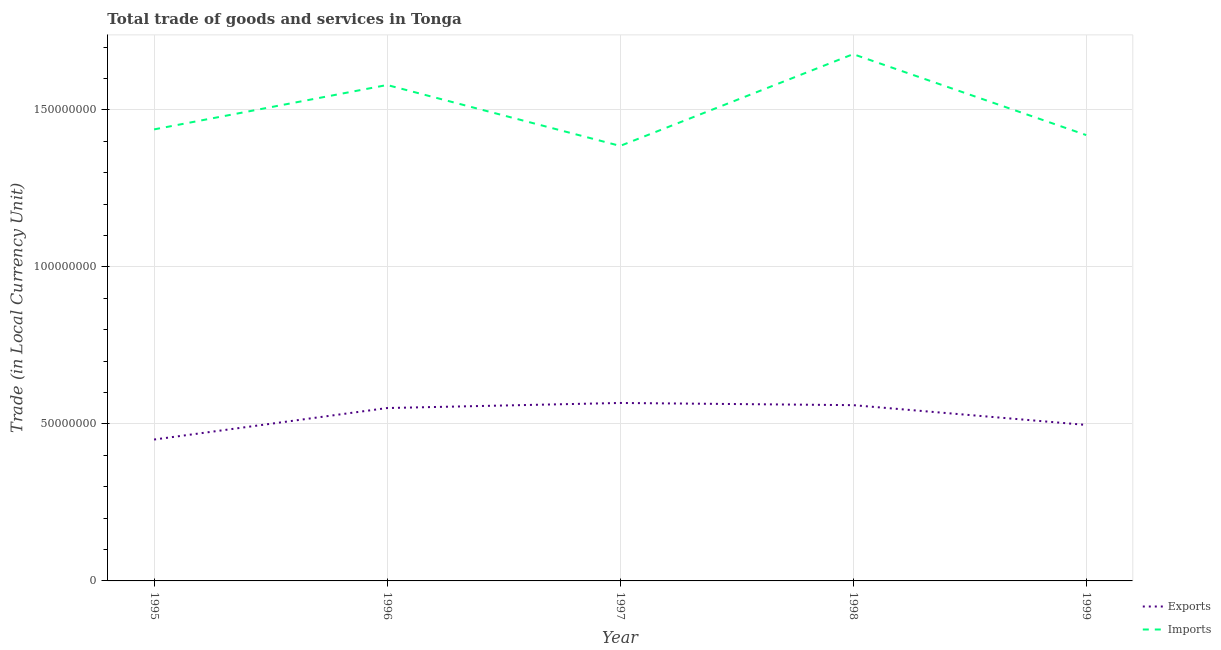
| Year | Exports | Imports |
 | --- | --- | --- |
 | 1995 | 4.5e+07 | 1.44e+08 |
 | 1996 | 5.5e+07 | 1.58e+08 |
 | 1997 | 5.67e+07 | 1.39e+08 |
 | 1998 | 5.6e+07 | 1.68e+08 |
 | 1999 | 4.97e+07 | 1.42e+08 |